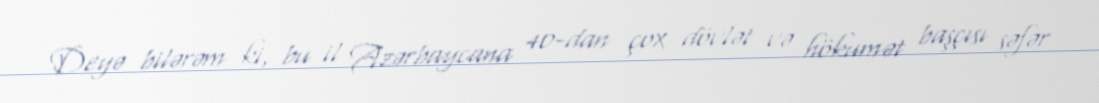
Deyə bilərəm ki, bu il Azərbaycana 40-dan çox dövlət və hökumət başçısı səfər